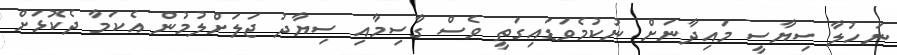
ނަހުލާ ސިޔާސީ މައިދާނަށް ނުކުމެވަޑައިގަތީ ވެސް ގާސިމާއި ސިޔާދު ޖަލަށްލުމުން އެކަމާ ދެކޮޅަށް